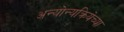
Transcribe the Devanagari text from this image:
अन्योन्यक्रियेच्या